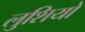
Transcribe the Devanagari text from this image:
लुशियो